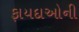
ફાયદાઓની